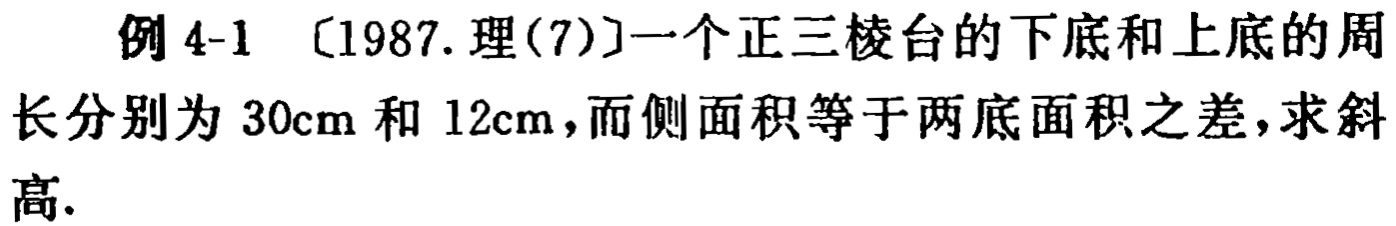
例 4-1 〔1987.理(7)〕一个正三棱台的下底和上底的周长分别为 \(30\mathrm{cm}\) 和 \(12\mathrm{cm}\)，而侧面积等于两底面积之差，求斜高.